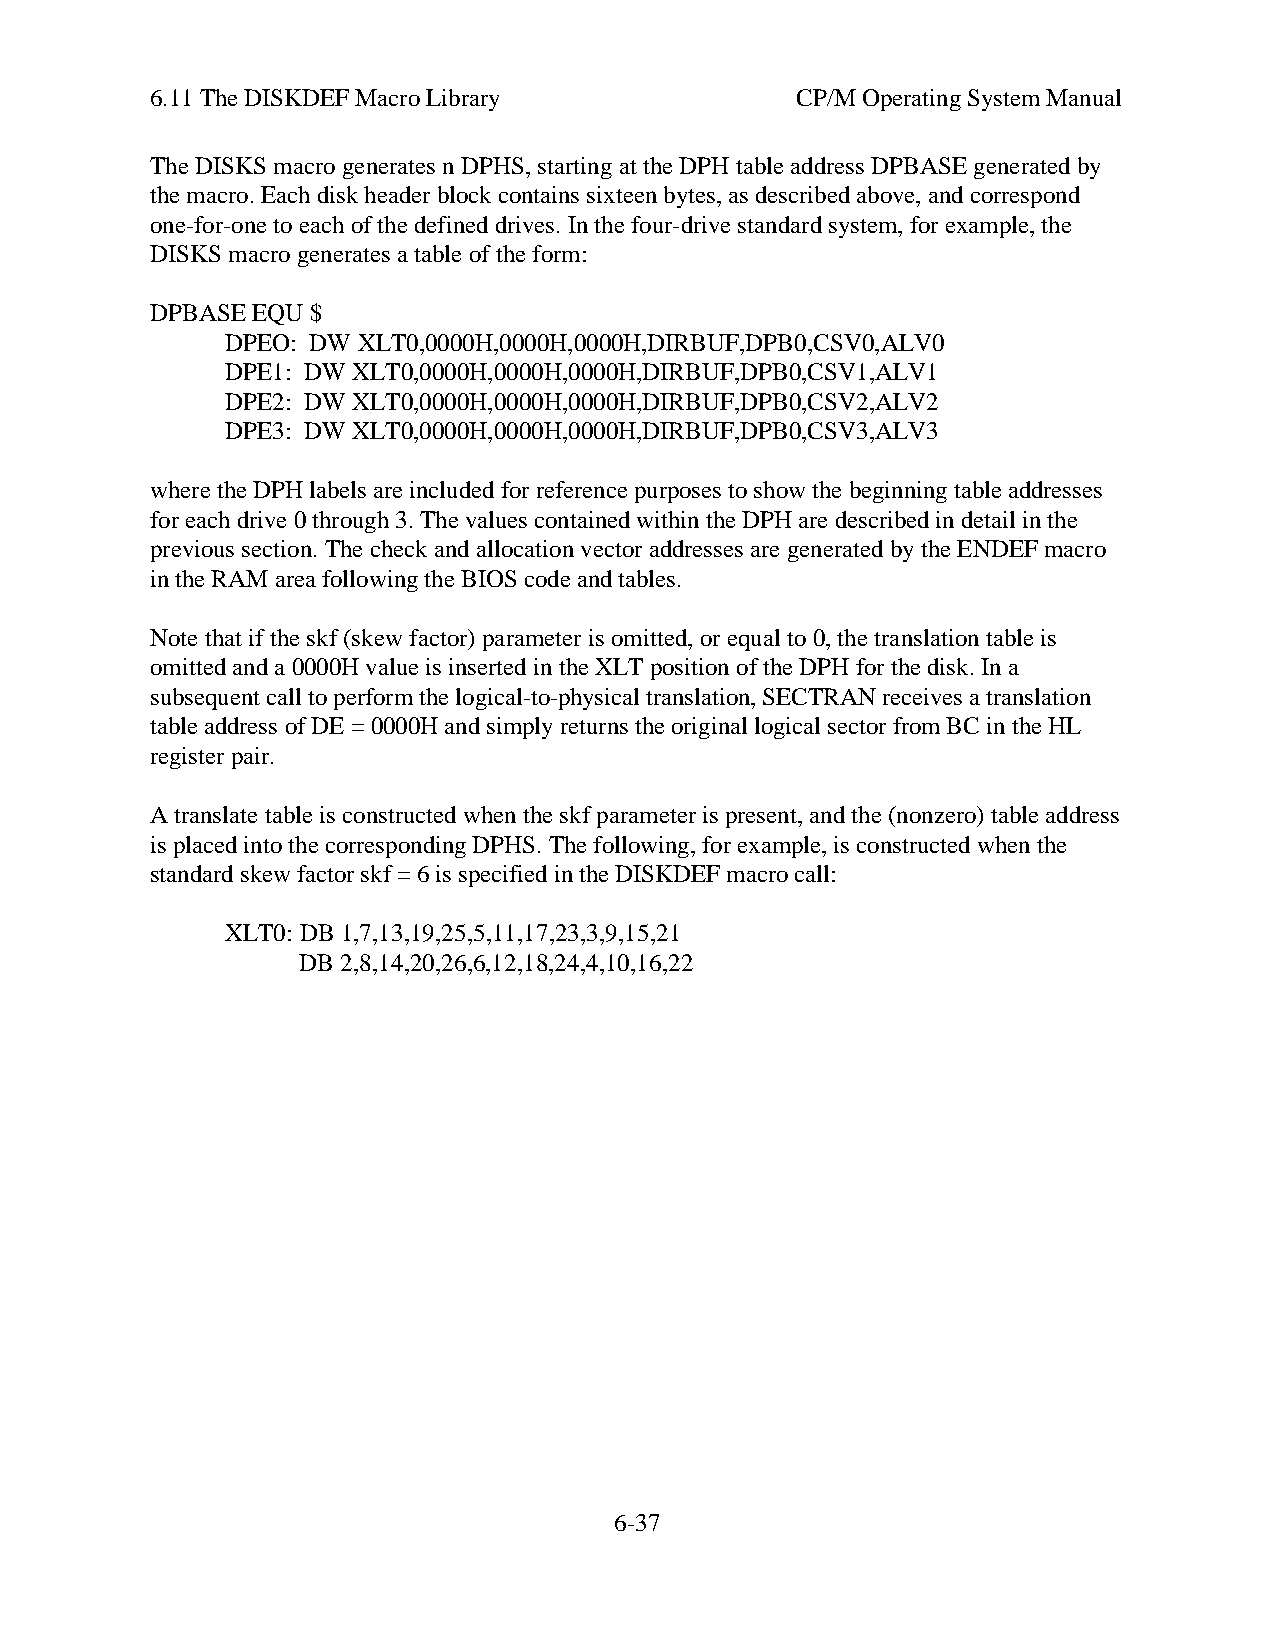
6.11 The DISKDEF Macro Library             CP/M Operating System Manual
 The DISKS macro generates n DPHS, starting at the DPH table address DPBASE generated by
 the macro. Each disk header block contains sixteen bytes, as described above, and correspond
 one-for-one to each of the defined drives. In the four-drive standard system, for example, the
 DISKS macro generates a table of the form:
 DPBASE EQU $
 DPEO: DW XLT0,0000H,0000H,0000H,DIRBUF,DPB0,CSV0,ALV0
 DPE1: DW XLT0,0000H,0000H,0000H,DIRBUF,DPB0,CSV1,ALV1
 DPE2: DW XLT0,0000H,0000H,0000H,DIRBUF,DPB0,CSV2,ALV2
 DPE3: DW XLT0,0000H,0000H,0000H,DIRBUF,DPB0,CSV3,ALV3
 where the DPH labels are included for reference purposes to show the beginning table addresses
 for each drive 0 through 3. The values contained within the DPH are described in detail in the
 previous section. The check and allocation vector addresses are generated by the ENDEF macro
 in the RAM area following the BIOS code and tables.
 Note that if the skf (skew factor) parameter is omitted, or equal to 0, the translation table is
 omitted and a 0000H value is inserted in the XLT position of the DPH for the disk. In a
 subsequent call to perform the logical-to-physical translation, SECTRAN receives a translation
 table address of DE = 0000H and simply returns the original logical sector from BC in the HL
 register pair.
 A translate table is constructed when the skf parameter is present, and the (nonzero) table address
 is placed into the corresponding DPHS. The following, for example, is constructed when the
 standard skew factor skf = 6 is specified in the DISKDEF macro call:
 XLT0: DB 1,7,13,19,25,5,11,17,23,3,9,15,21
 DB 2,8,14,20,26,6,12,18,24,4,10,16,22
 6-37